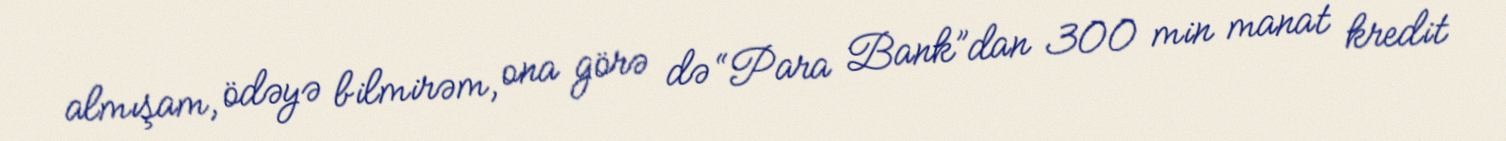
almışam, ödəyə bilmirəm, ona görə də “Para Bank”dan 300 min manat kredit